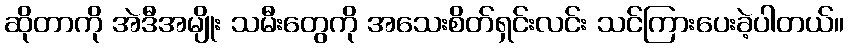
ဆိုတာကို အဲဒီအမျိုး သမီးတွေကို အသေးစိတ်ရှင်းလင်း သင်ကြားပေးခဲ့ပါတယ်။